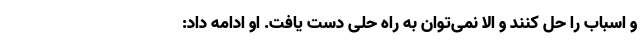
و اسباب را حل کنند و الا نمی‌توان به راه حلی دست یافت. او ادامه داد:‌